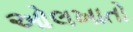
ઓલખાતો